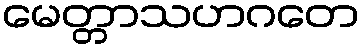
မေတ္တာသဟဂတေ